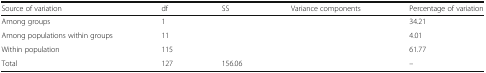
<table><thead><tr><td><b>Source of variation</b></td><td><b>df</b></td><td><b>SS</b></td><td><b>Variance components</b></td><td><b>Percentage of variation</b></td></tr></thead><tbody><tr><td>Among groups</td><td>1</td><td>[EMPTY_CELL]</td><td>[EMPTY_CELL]</td><td>34.21</td></tr><tr><td>Among populations within groups</td><td>11</td><td>[EMPTY_CELL]</td><td>[EMPTY_CELL]</td><td>4.01</td></tr><tr><td>Within population</td><td>115</td><td>[EMPTY_CELL]</td><td>[EMPTY_CELL]</td><td>61.77</td></tr><tr><td>Total</td><td>127</td><td>156.06</td><td>[EMPTY_CELL]</td><td>–</td></tr></tbody></table>